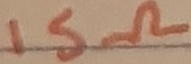
Text: 15Ω